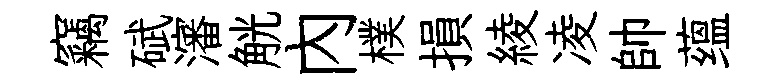
竊碔瀋觥内樸損綾凌帥蕴